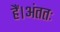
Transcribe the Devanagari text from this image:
हैं।अंततः